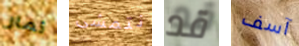
ثمار نتمشى قد آسف